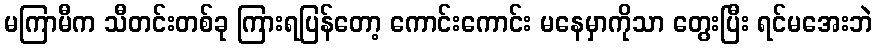
မကြာမီက သီတင်းတစ်ခု ကြားရပြန်တော့ ကောင်းကောင်း မနေမှာကိုသာ တွေးပြီး ရင်မအေးဘဲ